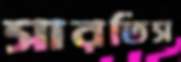
সারতিস